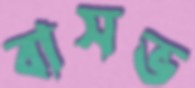
বাসভ